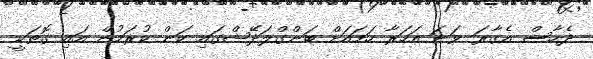
ދެހާސް އެގާރަ ވަނަ އަހަރާ ހަމައަށް ބަންގްލަދޭޝްގައި ކަން ކުރަމުން އައި ގޮތަކީ